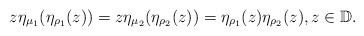
LaTeX: \begin{align*}z\eta_{\mu_{1}}(\eta_{\rho_{1}}(z))=z\eta_{\mu_{2}}(\eta_{\rho_{2}}(z))=\eta_{\rho_{1}}(z)\eta_{\rho_{2}}(z),z\in\mathbb{D}.\end{align*}